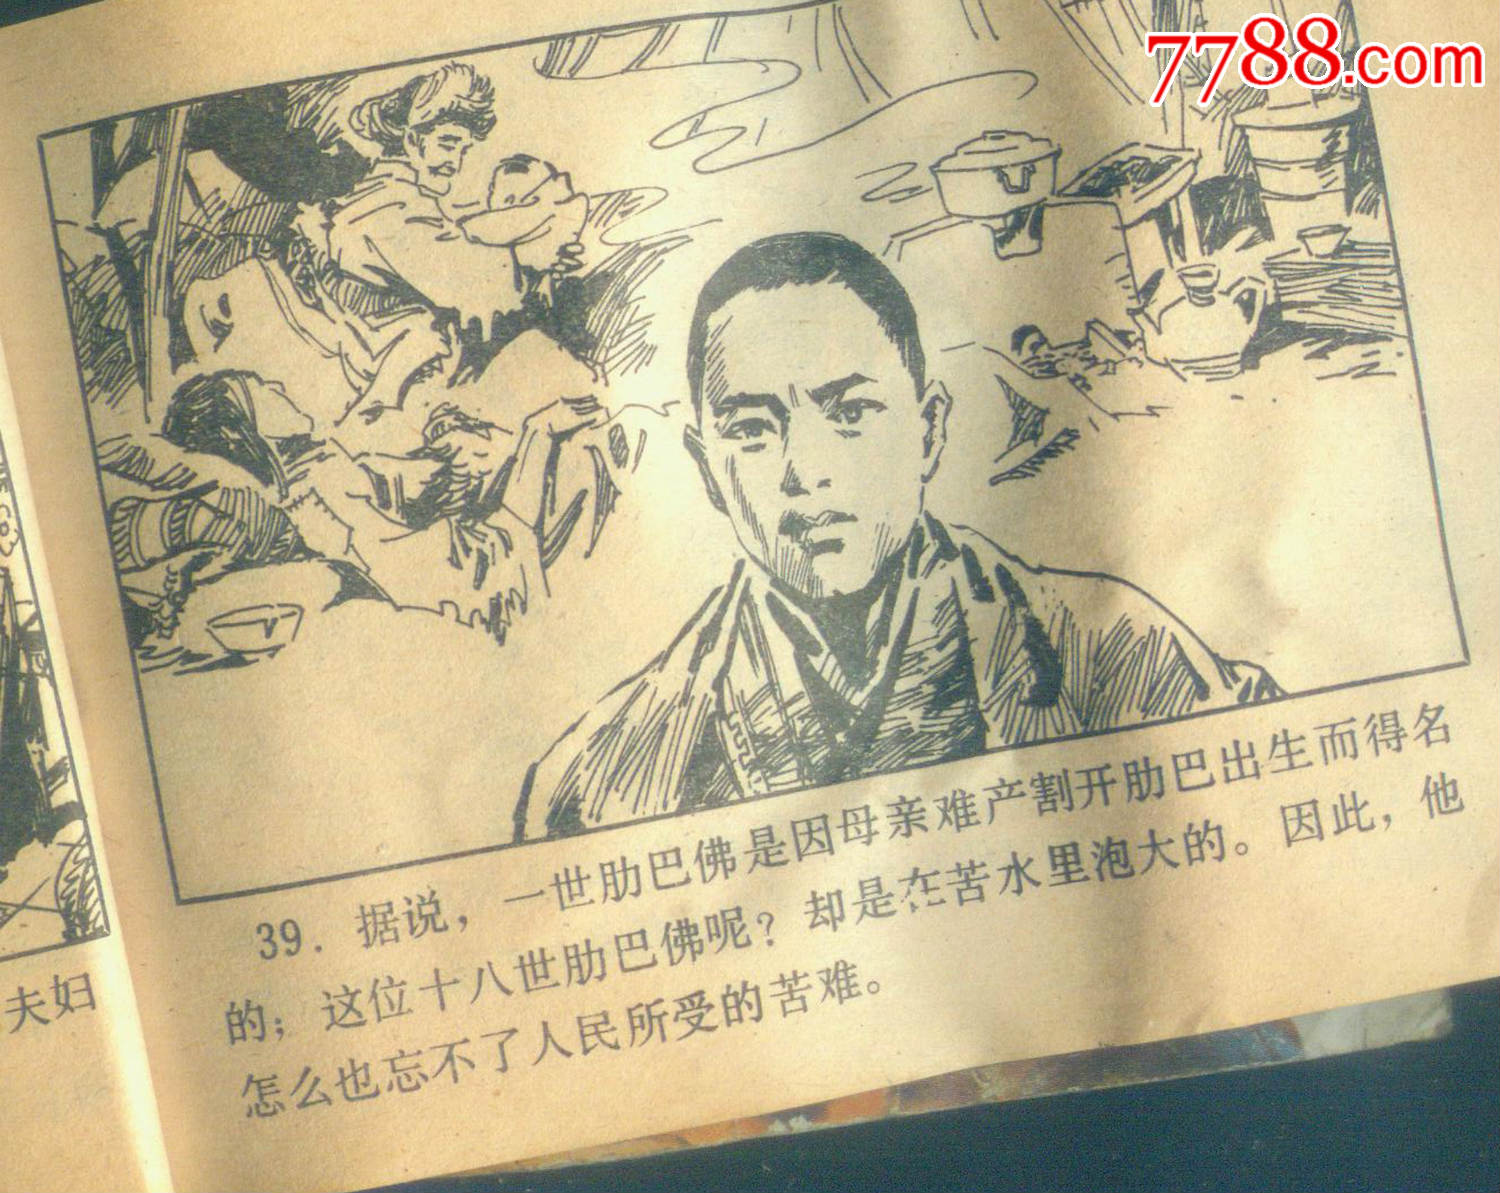
不学问，无正义，以富利为隆，是俗人者也。